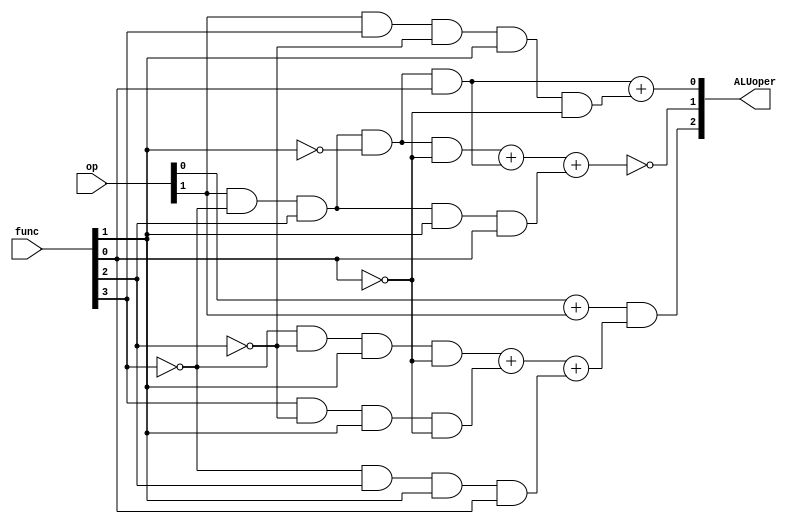
module Alucontrol(op,func,ALUoper);
input wire [1:0] op;
input wire [5:0] func;
output wire [2:0] ALUoper;

assign ALUoper[2]=op[0]+op[1]&((~func[3]&~func[2]&func[1]&~func[0])
+(func[3]&~func[2]&func[1]&~func[0])+(~func[3]&func[2]&func[1]&func[0]));

assign ALUoper[1]=~((op[1]&~func[3]&func[2]&~func[1]&~func[0])
+(op[1]&~func[3]&func[2]&~func[1]&func[0])+(op[1]&~func[3]&func[2]&func[1]&func[0]));

assign ALUoper[0]=(op[1]&~func[3]&func[2]&~func[1]&func[0])
+(op[1]&func[3]&~func[2]&func[1]&~func[0]);
endmodule